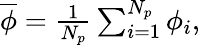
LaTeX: \begin{array}{r}{\overline{{\phi}}=\frac{1}{{N}_{p}}\sum_{i=1}^{{N}_{p}}{{\phi}_{i}},}\end{array}